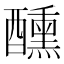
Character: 醺